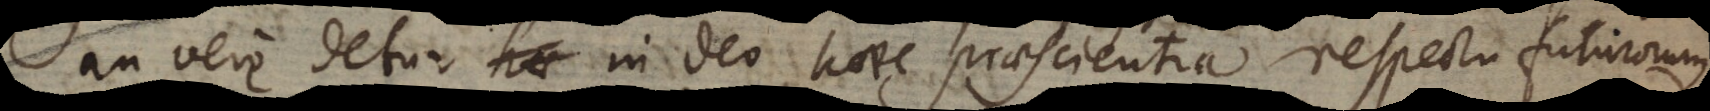
an vere detur in Deo haec praescientia respectu futurorum